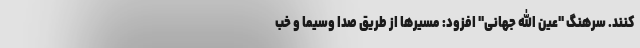
کنند. سرهنگ "عین الله جهانی" افزود: مسیرها از طریق صدا وسیما و خب